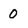
Character: 0